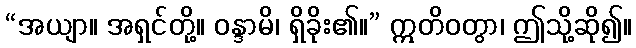
“အယျာ။ အရှင်တို့။ ဝန္ဒာမိ၊ ရှိခိုး၏။” ဣတိဝတွာ၊ ဤသို့ဆို၍။